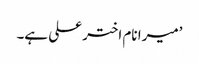
’میرا نام اختر علی ہے۔